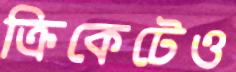
ক্রিকেটেও